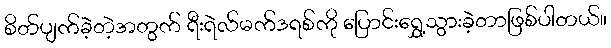
စိတ်ပျက်ခဲ့တဲ့အတွက် ရီးရဲလ်မက်ဒရစ်ကို ပြောင်းရွှေ့သွားခဲ့တာဖြစ်ပါတယ်။